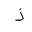
Letter: _thal